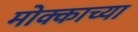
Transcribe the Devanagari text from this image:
मोक्काच्या